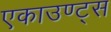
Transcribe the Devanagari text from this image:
एकाउण्ट्स